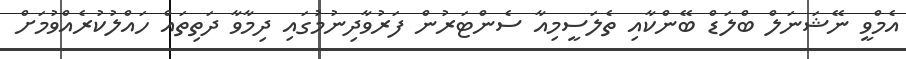
އެމްވީ ނޭޝަނަލް ބްލަޑް ބޭންކާއި ތެލަސީމިއާ ސެންޓަރުން ފަރުވާދިނުމުގައި ދިމާވާ ދަތިތައް ހައްލުކުރެއްވުމަށް